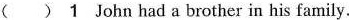
( )1 John had a brother in his family.